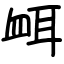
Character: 衈